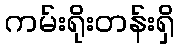
ကမ်းရိုးတန်းရှိ